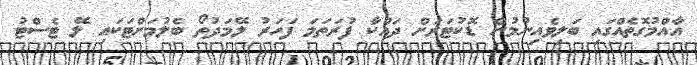
އާއްމުގޮތެއްގައި ބަލިވެއިނުމުން ޑޮކުޓަރަށް ދައްކާ ފުރަތަމަ ފަހަރު ލޭމަދުތޯ ބެލުމަށްޓަކައި ލޭ ޓެސްޓު